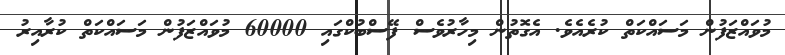
މުވައްޒަފުން މަސައްކަތް ކުރެއެވެ. އެގޮތުން މިހާރުވެސް ފޭސްބުކްގައި 60000 މުވައްޒަފުން މަސައްކަތް ކުރާއިރު